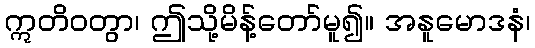
ဣတိဝတွာ၊ ဤသို့မိန့်တော်မူ၍။ အနူမောဒနံ၊